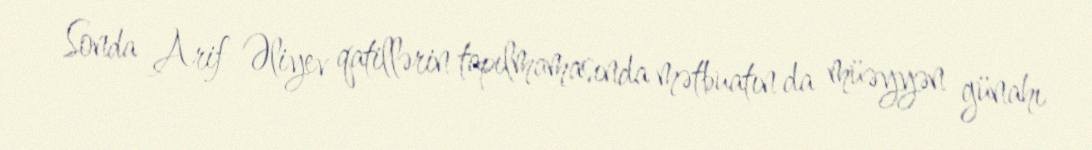
Sonda Arif Əliyev qatillərin tapılmamasında mətbuatın da müəyyən günahı